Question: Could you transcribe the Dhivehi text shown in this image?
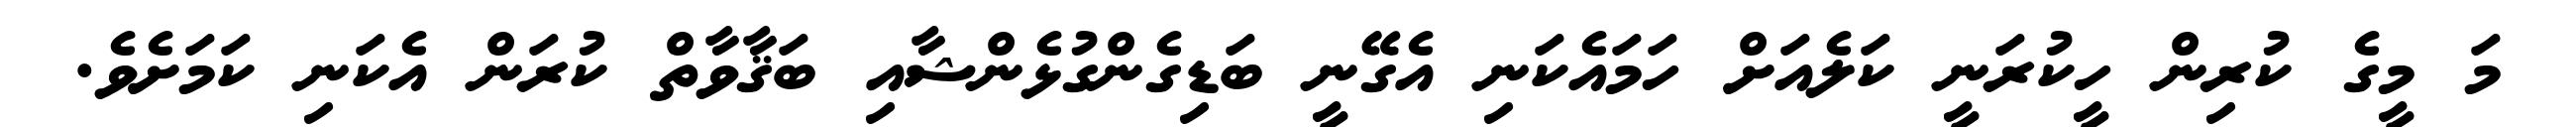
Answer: މަ މީގެ ކުރިން ހީކުރަނީ ކަލެއަށް ހަމައެކަނި އެގޭނީ ބަޑިގެންގުޅެންޝާއި ބަޤާވާތް ކުރަން އެކަނި ކަމަށެވެ.